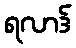
ရလာဒ်